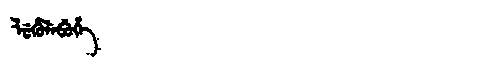
Manchu: ᠯᡠᡥᡠᠯᡝᠪᡠᡥᡝ
Romanization: LUHULEBUHE